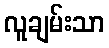
လူချမ်းသာ